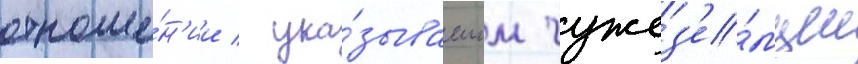
отноше́н'ии / ука́зываемом чужез'е́мцем